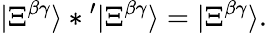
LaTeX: |\Xi^{\beta\gamma}\rangle*{}^{\prime}|\Xi^{\beta\gamma}\rangle=|\Xi^{\beta\gamma}\rangle.